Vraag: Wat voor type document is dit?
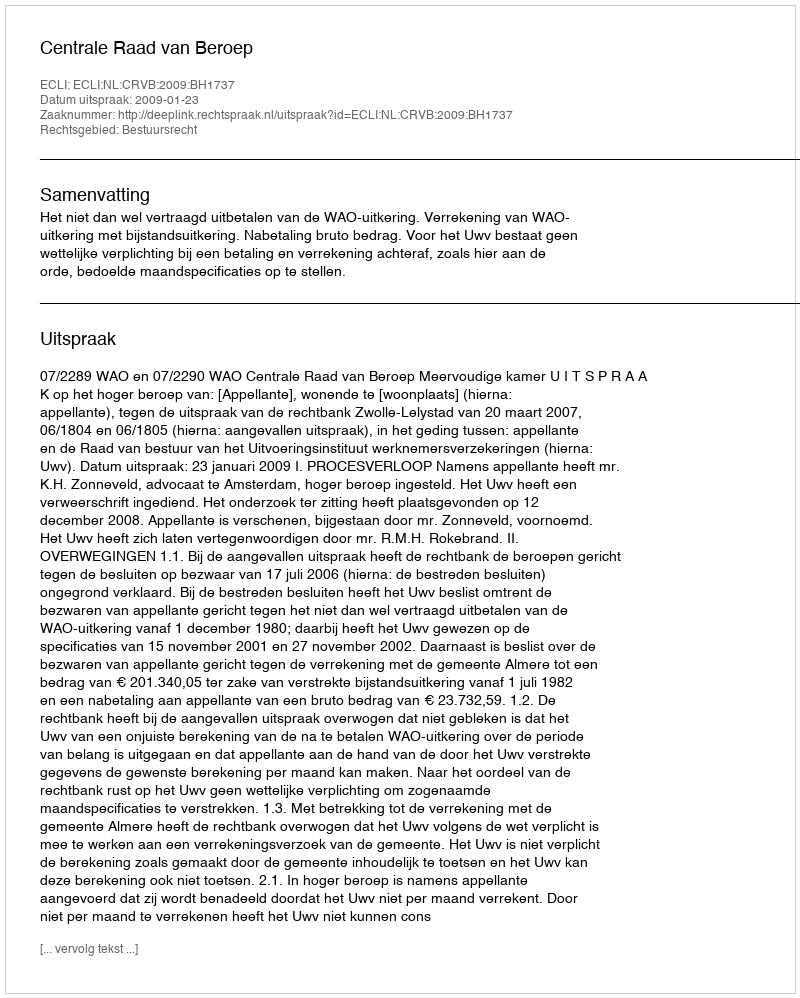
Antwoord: Uitspraak